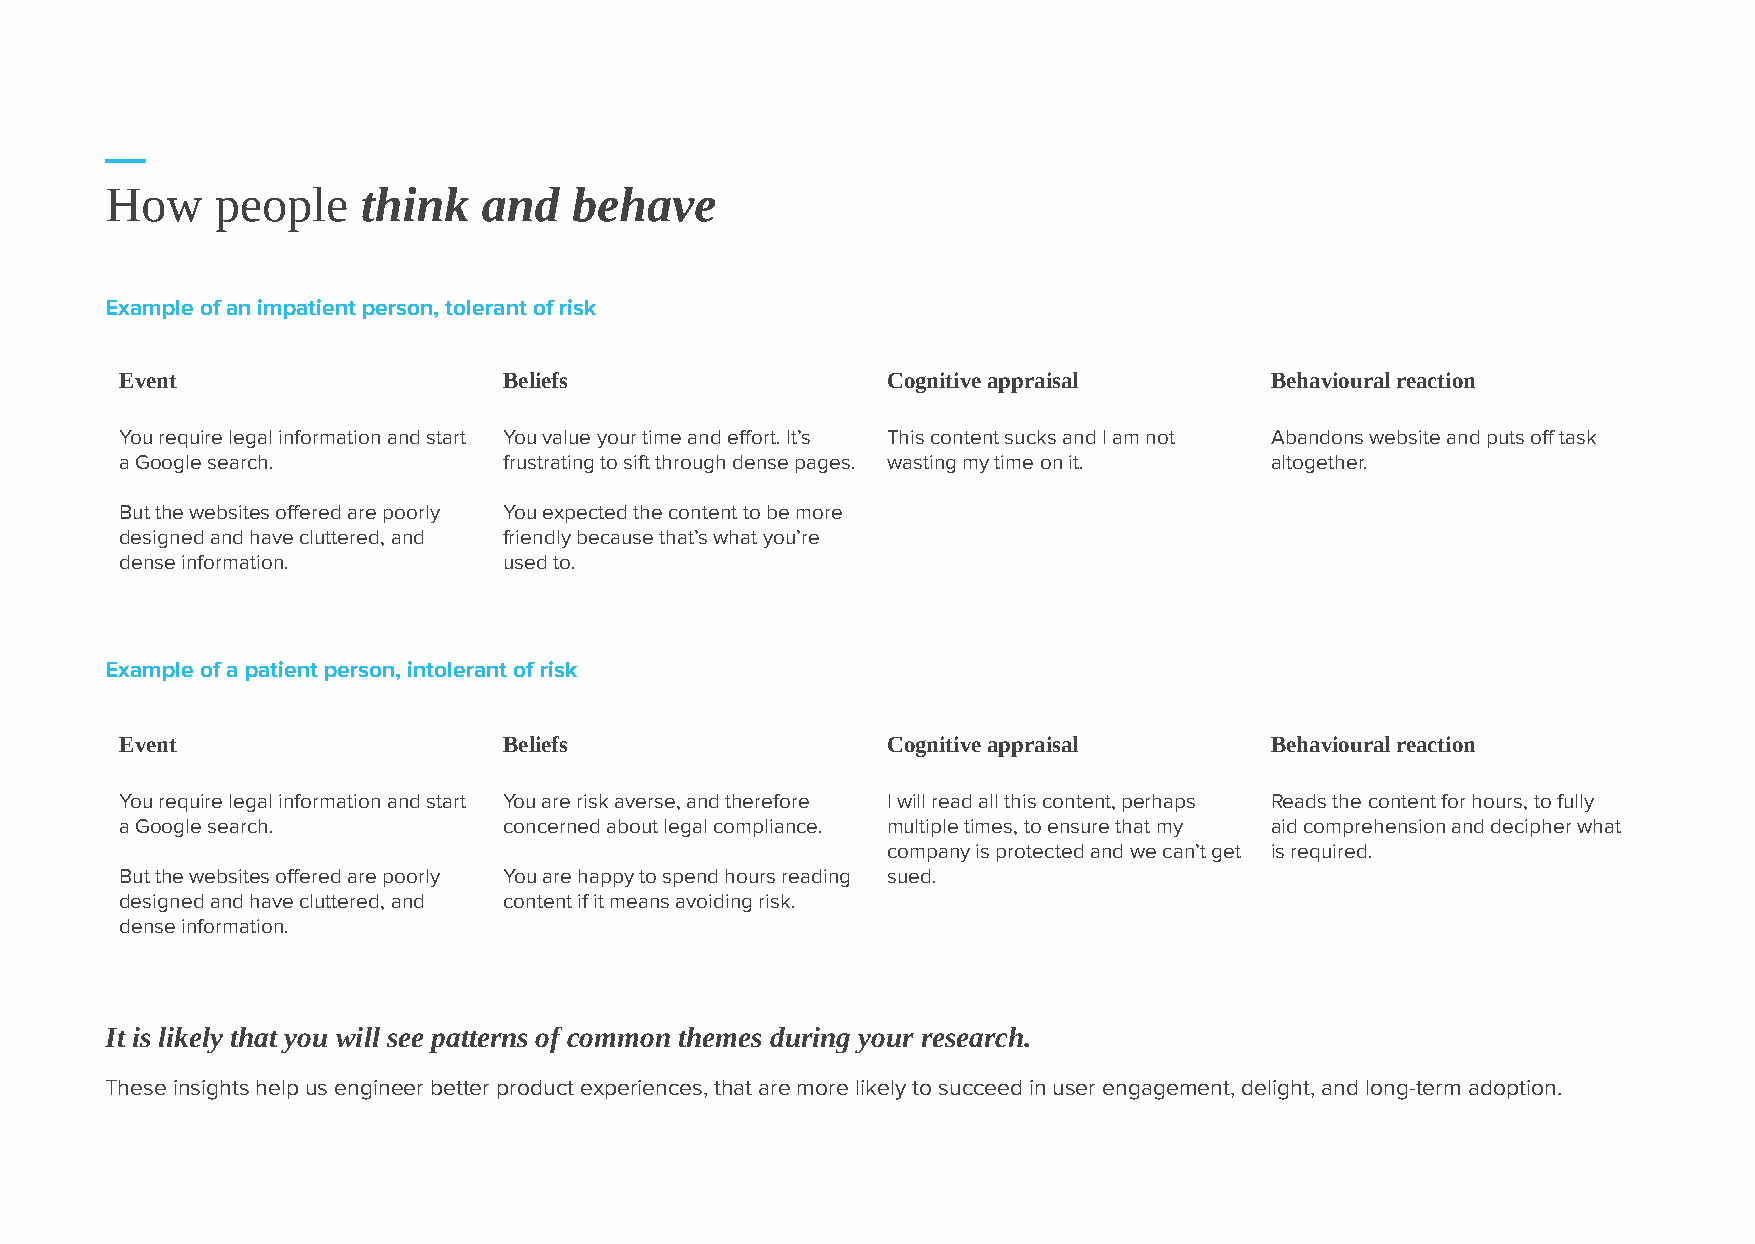
How    people    think   and   behave
 Example of an impatient person, tolerant of risk
 Event                    Beliefs                   Cognitive appraisal      Behavioural reaction
 You require legal information and start You value your time and effort. It’s This content sucks and I am not Abandons website and puts off task
 a Google search.         frustrating to sift through dense pages. wasting my time on it. altogether.
 But the websites offered are poorly You expected the content to be more
 designed and have cluttered, and friendly because that’s what you’re
 dense information.       used to.
 Example of a patient person, intolerant of risk
 Event                    Beliefs                   Cognitive appraisal      Behavioural reaction
 You require legal information and start You are risk averse, and therefore I will read all this content, perhaps Reads the content for hours, to fully
 a Google search.         concerned about legal compliance. multiple times, to ensure that my aid comprehension and decipher what
 company is protected and we can’t get is required.
 But the websites offered are poorly You are happy to spend hours reading sued.
 designed and have cluttered, and content if it means avoiding risk.
 dense information.
 It is likely that you will see patterns of common themes during your research.
 These insights help us engineer better product experiences, that are more likely to succeed in user engagement, delight, and long-term adoption.